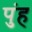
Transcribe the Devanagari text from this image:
पुंह